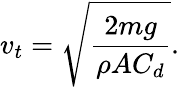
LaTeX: v_{t}={\sqrt{\frac{2mg}{\rho AC_{d}}}}.